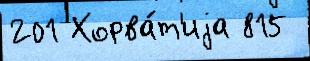
201 Хорва́т'иjа 815